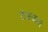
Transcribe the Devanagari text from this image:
टेकवला